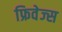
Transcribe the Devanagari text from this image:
फ्रिवेज्स